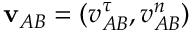
\mathbf { v } _ { A B } = ( v _ { A B } ^ { \tau } , v _ { A B } ^ { n } )